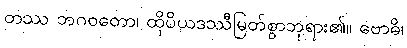
တဿ ဘဂဝတော၊ ထိုပိယဒဿီမြတ်စွာဘုရား၏။ ဗောဓိ၊